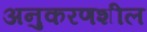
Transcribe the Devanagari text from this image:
अनुकरणशील